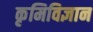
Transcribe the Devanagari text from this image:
कृमिविज्ञान